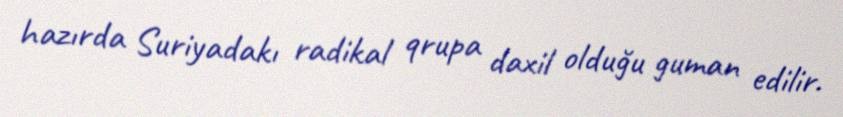
hazırda Suriyadakı radikal qrupa daxil olduğu guman edilir.